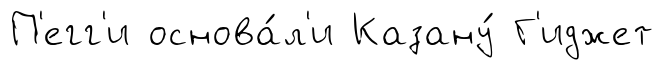
П'егг'и основа́л'и Казану́ Г'иджет